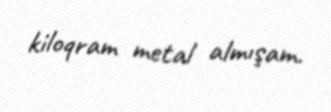
kiloqram metal almışam.